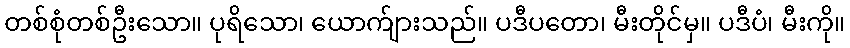
တစ်စုံတစ်ဦးသော။ ပုရိသော၊ ယောက်ျားသည်။ ပဒီပတော၊ မီးတိုင်မှ။ ပဒီပံ၊ မီးကို။